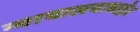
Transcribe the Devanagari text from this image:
न्यायालयाबाहेर